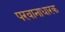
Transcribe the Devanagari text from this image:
परवानाधारक